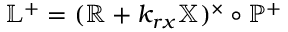
\mathbb { L } ^ { + } = ( \mathbb { R } + k _ { r x } \mathbb { X } ) ^ { \times } \circ \mathbb { P } ^ { + }